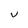
Character: u